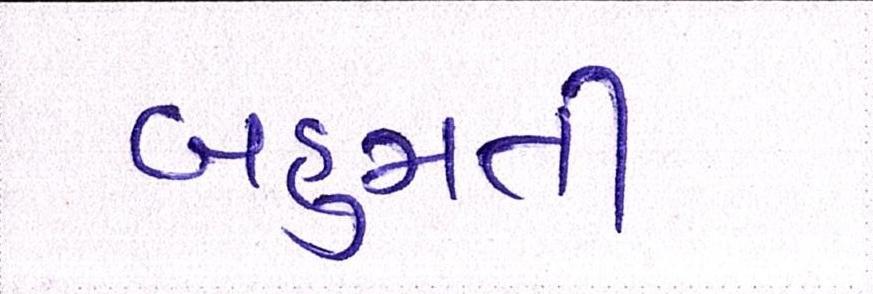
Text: બહુમતી